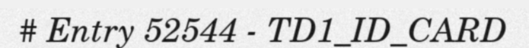
# Entry 52544 - TD1_ID_CARD